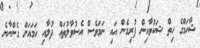
ޝާހަމްގެ ހިތް ޝަކުވާއިން ފުރިގެން އައި ނަމަވެސް އެސުވާލުތައް ދުލާއި ހަމައަށް ގެންނާނެ